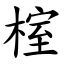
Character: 榁